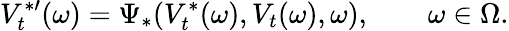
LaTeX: V_{t}^{\ast\prime}(\omega)=\Psi_{\ast}(V_{t}^{\ast}(\omega),V_{t}(\omega),\omega),\qquad\omega\in\Omega.